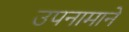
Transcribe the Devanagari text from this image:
उपनामाने